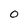
Character: 0